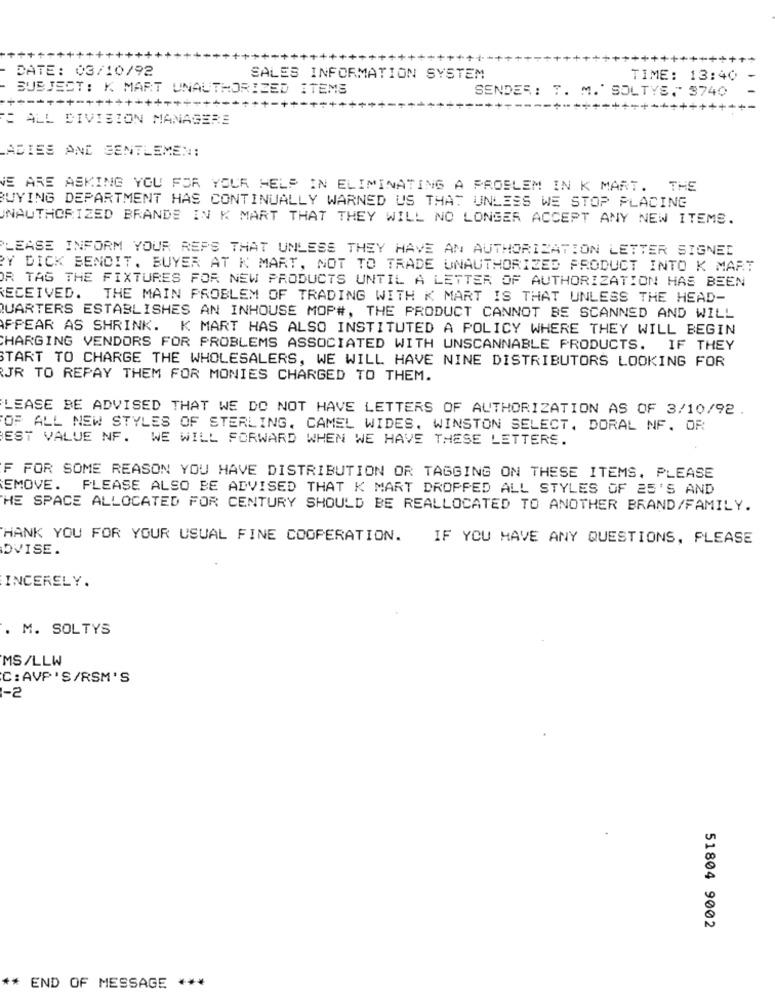
DATE: 03/10/92
SALES INFORMATION SYSTEM
TIME: 13:40
SUBJECT: K MART UNAUTHORIZED ITEMS
SENDES: T. M.' SOLTYS, 3740
+ ----- +-++++++++
ALL DIVISION MANAGERE
ADIES AND GENTLEMEN:
WE ARE ASKING YOU FOR YOUR HELP IN ELIMINATING A PROBLEM IN K MART. THE
BUYING DEPARTMENT HAS CONTINUALLY WARNED US THAT UNLESS WE STOP PLACING
UNAUTHORIZED BRANDS IN K MART THAT THEY WILL NO LONGER ACCEPT ANY NEW ITEMS.
PLEASE INFORM YOUR REPS THAT UNLESS THEY HAVE AN AUTHORIZATION LETTER SIGNED
Y DICK BENOIT. BUYER AT K MART, NOT TO TRADE UNAUTHORIZED PRODUCT INTO K MART
OR TAG THE FIXTURES FOR NEW PRODUCTS UNTIL A LETTER OF AUTHORIZATION HAS BEEN
RECEIVED. THE MAIN PROBLEM OF TRADING WITH K MART IS THAT UNLESS THE HEAD-
QUARTERS ESTABLISHES AN INHOUSE MOP#, THE PRODUCT CANNOT BE SCANNED AND WILL
APPEAR AS SHRINK. K MART HAS ALSO INSTITUTED A POLICY WHERE THEY WILL BEGIN
CHARGING VENDORS FOR PROBLEMS ASSOCIATED WITH UNSCANNABLE PRODUCTS. IF THEY
START TO CHARGE THE WHOLESALERS, WE WILL HAVE NINE DISTRIBUTORS LOOKING FOR
JR TO REPAY THEM FOR MONIES CHARGED TO THEM.
LEASE BE ADVISED THAT WE DO NOT HAVE LETTERS OF AUTHORIZATION AS OF 3/10/92 .
OF ALL NEW STYLES OF STERLING, CAMEL WIDES. WINSTON SELECT, DORAL NF. OR
EST VALUE NF. WE WILL FORWARD WHEN WE HAVE THESE LETTERS.
F FOR SOME REASON YOU HAVE DISTRIBUTION OR TAGGING ON THESE ITEMS. PLEASE
EMOVE. PLEASE ALSO BE ADVISED THAT K MART DROPPED ALL STYLES OF 25'S AND
THE SPACE ALLOCATED FOR CENTURY SHOULD BE REALLOCATED TO ANOTHER BRAND/FAMILY.
HANK YOU FOR YOUR USUAL FINE COOPERATION.
IF YOU HAVE ANY QUESTIONS, PLEASE
OVISE.
INCERELY.
. M. SOLTYS
MS/LLW
C: AVP 'S/RSM'S
-2
51804 9002
** END OF MESSAGE ***